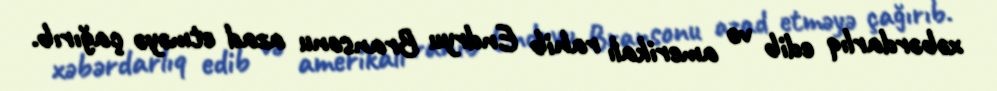
xəbərdarlıq edib və amerikalı rahib Endryu Bransonu azad etməyə çağırıb.